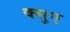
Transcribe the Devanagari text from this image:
क्सुए